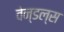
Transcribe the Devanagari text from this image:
वेन्डल्स